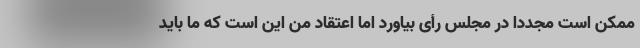
ممکن است مجددا در مجلس رأی بیاورد اما اعتقاد من این است که ما باید